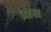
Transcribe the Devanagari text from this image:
प्रोस